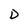
Character: D